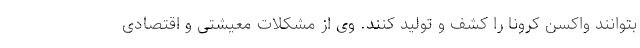
بتوانند واکسن کرونا را کشف و تولید کنند. وی از مشکلات معیشتی و اقتصادی